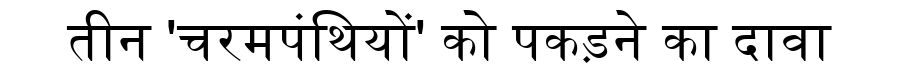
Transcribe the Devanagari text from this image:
तीन 'चरमपंथियों' को पकड़ने का दावा